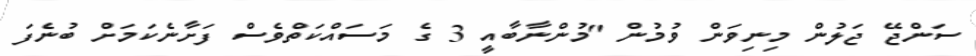
ސަންޖޭ ޖަލުން މިނިވަން ވުމުން "މުންނާބާއީ 3 ގެ މަސައްކަތްވެސް ފަށާނެކަމަށް ބުނެފަ